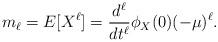
LaTeX: \begin{align*} m_\ell = E[X^\ell] = \frac{d^\ell}{dt^\ell}\phi_X(0)(-\mu)^\ell .\end{align*}